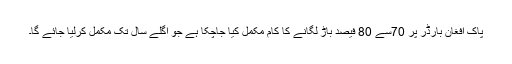
پاک افغان بارڈر پر 70سے 80 فیصد باڑ لگانے کا کام مکمل کیا جاچکا ہے جو اگلے سال تک مکمل کرلیا جائے گا۔